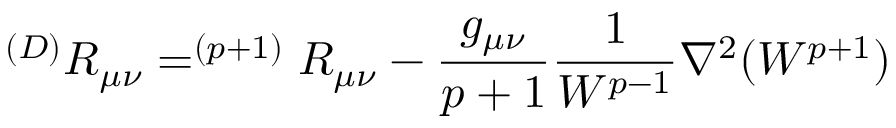
^ { ( D ) } R _ { \mu \nu } = ^ { ( p + 1 ) } R _ { \mu \nu } - { \frac { g _ { \mu \nu } } { p + 1 } } { \frac { 1 } { W ^ { p - 1 } } } \nabla ^ { 2 } ( W ^ { p + 1 } )